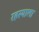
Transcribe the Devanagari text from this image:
रहस्याला